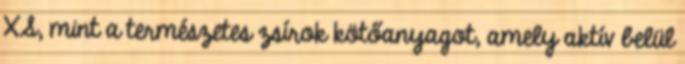
XS, mint a természetes zsírok kötőanyagot, amely aktív belül